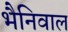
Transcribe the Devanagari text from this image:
भैनिवाल